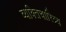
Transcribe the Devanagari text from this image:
व्यक्तिचारित्र्य